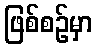
ဖြစ်စဉ်မှာ